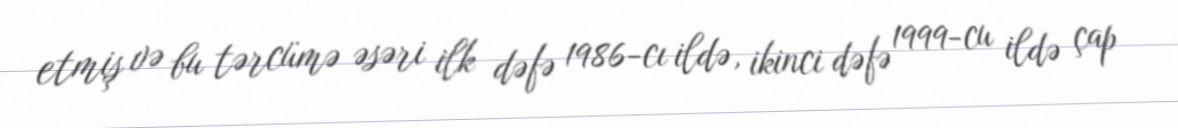
etmiş və bu tərcümə əsəri ilk dəfə 1986-cı ildə, ikinci dəfə 1999-cu ildə çap